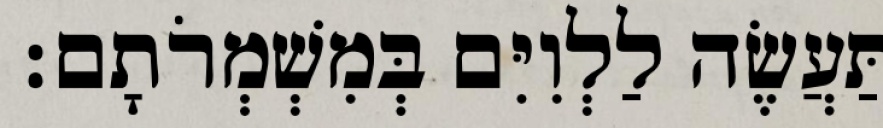
תַּעֲשֶׂה לַלְוִיִּם בְּמִשְׁמְרֹתָם׃